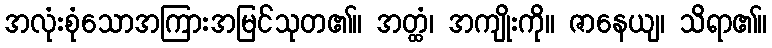
အလုံးစုံသောအကြားအမြင်သုတ၏။ အတ္ထံ၊ အကျိုးကို။ ဇာနေယျ၊ သိရာ၏။